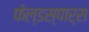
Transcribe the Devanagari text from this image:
फेल्डस्पार्स